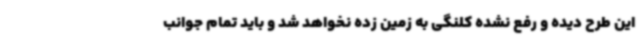
این طرح دیده و رفع نشده کلنگی به زمین زده نخواهد شد و باید تمام جوانب